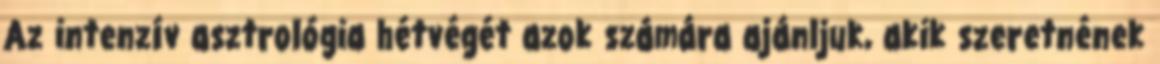
Az intenzív asztrológia hétvégét azok számára ajánljuk, akik szeretnének